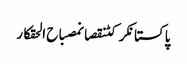
پاکستانکرکٹنقصانمصباح الحقکار